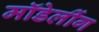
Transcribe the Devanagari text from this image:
मॉडेलींग